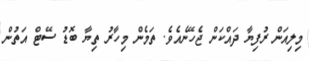
މިލިއަން ރުފިޔާ ދައްކަން ޖެހޭނެއެވެ. ތަމެން މިހާރު ތިޔާ ބޮޑު ސޭޓް އަތުން